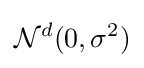
{\mathcal {N}}^{d}(0,\sigma ^{2})